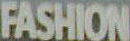
FASHION